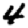
Digit: 4